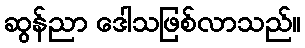
ဆွန်ညာ ဒေါသဖြစ်လာသည်။